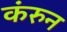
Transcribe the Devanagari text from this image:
कंरुन